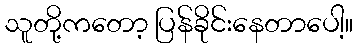
သူတို့ကတော့ ပြန်ခိုင်းနေတာပေါ့။